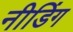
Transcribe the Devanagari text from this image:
नीडिंग